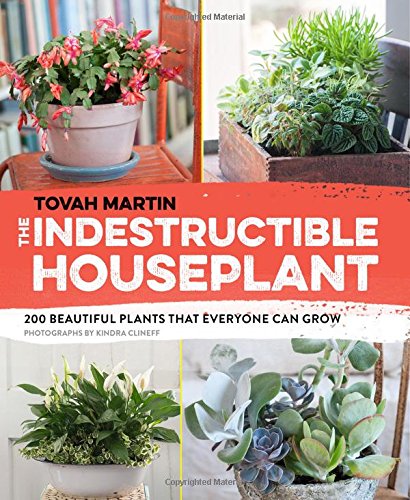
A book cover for The Indestructible Houseplant: 200 Beautiful, Easy-Care Plants that Everyone Can Grow; Tovah Martin; Crafts, Hobbies & Home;